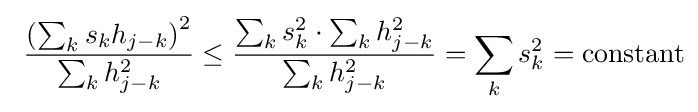
\ {\frac {\left(\sum _{k}s_{k}h_{j-k}\right)^{2}}{\sum _{k}h_{j-k}^{2}}}\leq {\frac {\sum _{k}s_{k}^{2}\cdot \sum _{k}h_{j-k}^{2}}{\sum _{k}h_{j-k}^{2}}}=\sum _{k}s_{k}^{2}={\text{constant}}